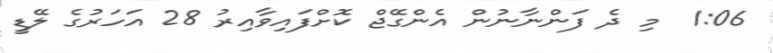
1:06  މި ދެ ފަންނާނުން އެންގޭޖް ކޮށްފައިވާއިރު 28 އަހަރުގެ ލޭޑީ